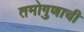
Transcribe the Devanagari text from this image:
तमोगुणाची